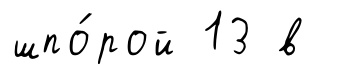
шпо́рой 13 в